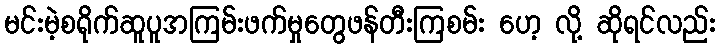
မင်းမဲ့စရိုက်ဆူပူအကြမ်းဖက်မှုတွေဖန်တီးကြစမ်း ဟေ့ လို့ ဆိုရင်လည်း